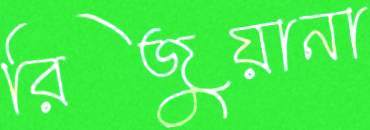
রিজুয়ানা